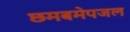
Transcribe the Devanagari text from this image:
छमबमेपजल